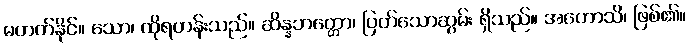
မတတ်နိုင်။ သော၊ ထိုရဟန်းသည်။ ဆိန္နဘတ္တော၊ ပြတ်သောဆွမ်း ရှိသည်။ အဟောသိ၊ ဖြစ်၏။